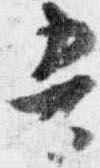
吾